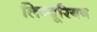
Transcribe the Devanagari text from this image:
लिग्यूरियन